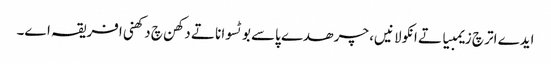
ایدے اتر چ زیمبیا تے انکولا نیں، چرھدے پاسے بوٹسوانا تے دکھن چ دکھنی افریقہ اے۔